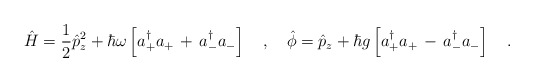
\begin{align*}\hat{H}=\frac{1}{2}\hat{p}^2_z+\hbar\omega\left[a_+^\dagger a_+\,+\,a_-^\dagger a_-\right]\ \ \ ,\ \ \ \hat{\phi}=\hat{p}_z+\hbar g\left[a_+^\dagger a_+\,-\,a_-^\dagger a_-\right]\ \ \ .\end{align*}